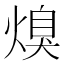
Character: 𭵩